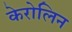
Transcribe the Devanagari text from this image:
केरोलिन